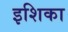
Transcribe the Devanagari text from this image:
इशिका